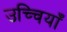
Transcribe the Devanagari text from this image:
उच्चियाँ